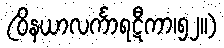
(ဝိနယာလင်္ကာရဋီကာ၊၅၂။)